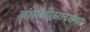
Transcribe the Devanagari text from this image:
बांधणीसारख्या